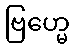
ဗြဟ္မေ